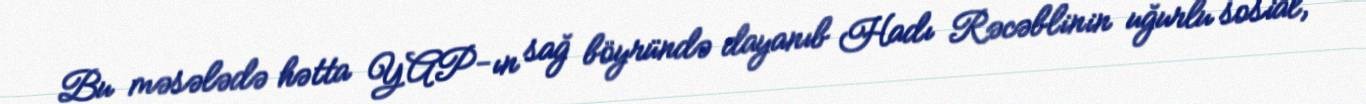
Bu məsələdə hətta YAP-ın sağ böyründə dayanıb Hadı Rəcəblinin uğurlu sosial,